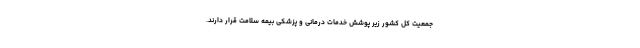
جمعیت کل کشور زیر پوشش خدمات درمانی و پزشکی بیمه سلامت قرار دارند.